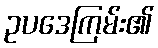
ဥပဒေကြမ်း၏